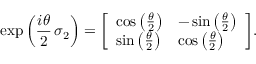
\exp \left( { \frac { i \theta } { 2 } } \, \sigma _ { 2 } \right) = { \left[ \begin{array} { l l } { \cos \left( { \frac { \theta } { 2 } } \right) } & { - \sin \left( { \frac { \theta } { 2 } } \right) } \\ { \sin \left( { \frac { \theta } { 2 } } \right) } & { \cos \left( { \frac { \theta } { 2 } } \right) } \end{array} \right] } .